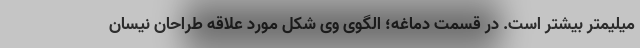
میلیمتر بیشتر است. در قسمت دماغه؛ الگوی وی شکل مورد علاقه طراحان نیسان